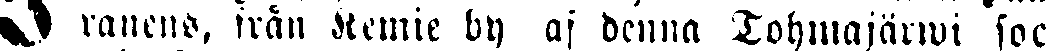
# ranens, från Kemie by af denna Tohmajärwi soc